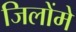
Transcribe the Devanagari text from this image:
जिलोंमे